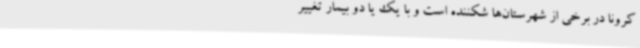
کرونا در برخی از شهرستان‌ها شکننده است و با یک یا دو بیمار تغییر